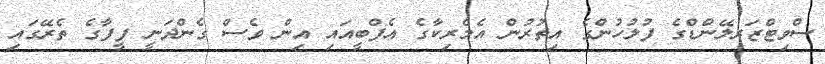
ސްވިޓްޒަރލޭންޑްގެ ފުލުހުންގެ އިތުރުން އެމެރިކާގެ އެފްބީއައި އިން ވެސް ގެންދަނީ ފީފާގެ ތެރޭގައި